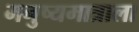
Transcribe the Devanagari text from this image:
मनुष्यमात्राला